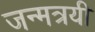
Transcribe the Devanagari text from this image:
जन्मत्रयी